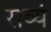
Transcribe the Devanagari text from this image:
सव्यं